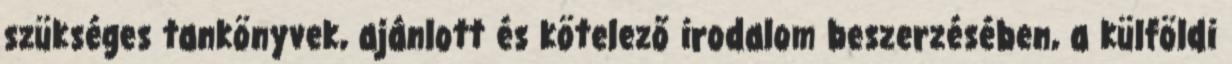
szükséges tankönyvek, ajánlott és kötelező irodalom beszerzésében, a külföldi